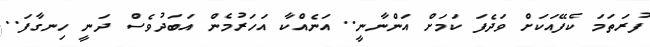
ފުރަތަމަ ކެފޭއަކަށް ވަދެފަ ކަމަށް އަންނާނީ.. އަނެއްކާ އަހަރުމެން އަބަދުވެސް ދަނީ ހިނގާފަ..